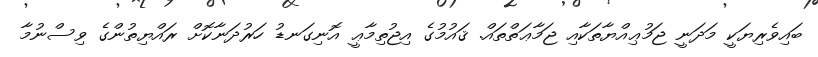
ބައިވެރިޔަކީ މަދަނީ ޖަމުޢިއްޔާތަކާއި ޖަމާޢަތްތައް. ޤައުމުގެ އިޖުތިމާޢީ އޮނިގަނޑު ހަރުދަނާކޮށް ރައްޔިތުންގެ ވިސްނުމާ